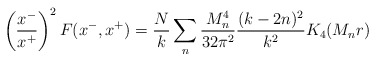
\begin{align*}\left({x^- \over x^+}\right)^2 F(x^-,x^+)= {N \over k} \sum_n {M_n^4 \over 32 \pi^2} {(k-2n)^2 \over k^2} K_4(M_n r)\end{align*}